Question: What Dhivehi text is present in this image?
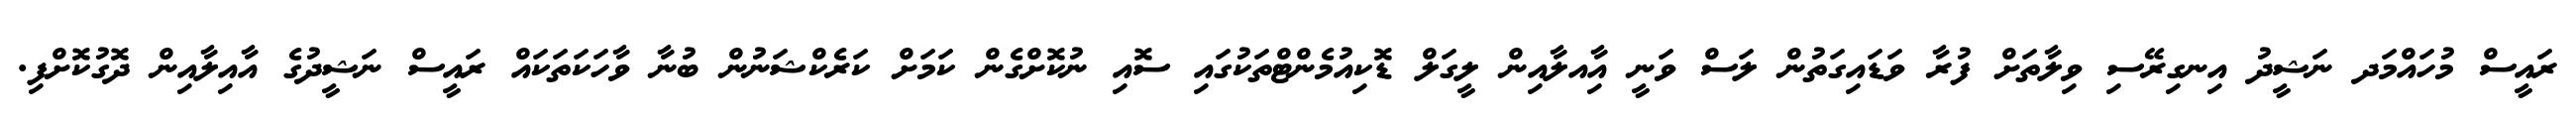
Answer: ރައީސް މުހައްމަދ ނަޝީދު އިނގިރޭސި ވިލާތަށް ފުރާ ވަޑައިގަތުން ލަސް ވަނީ އާިއލާއިން ލީގަލް ޑޮކިއުމެންޓްތަކުގައި ސޮއި ނުކޮށްގެން ކަމަށް ކަރެކްޝަނުން ބުނާ ވާހަކަތަކައް ރައީސް ނަޝީދުގެ އާއިލާއިން ދޮގުކޮށްފި.